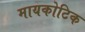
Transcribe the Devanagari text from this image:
मायकोटिक